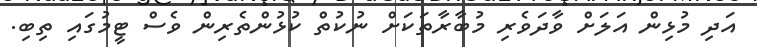
އަދި މުޅިން އަލަށް ވާދަވެރި މުބާރާތަކަށް ނުކުތް ކުޅުންތެރިން ވެސް ޓީމުގައި ތިބި.